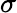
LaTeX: \sigma